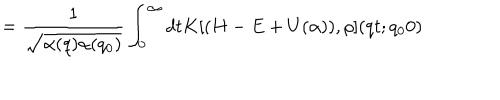
= \frac { 1 } { \sqrt { \alpha ( q ) \alpha ( q _ { 0 } ) } } \int _ { 0 } ^ { \infty } d t K [ ( H - E + U ( \alpha ) ) , \rho ] ( q t ; q _ { 0 } 0 )